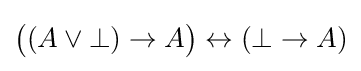
{\big (}(A\lor \bot )\to A{\big )}\leftrightarrow (\bot \to A)